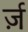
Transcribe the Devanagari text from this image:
र्ज़